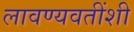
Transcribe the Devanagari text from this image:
लावण्यवतींशी